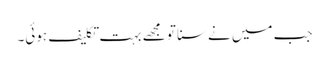
جب میں نے سنا تو مجھے بہت تکلیف ہوئی۔